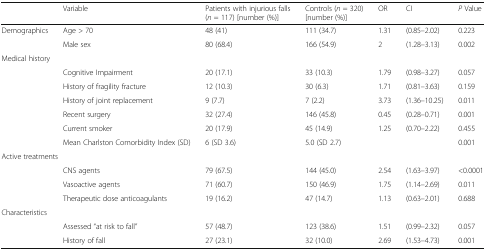
|  | Variable | Patients with injurious falls (n = 117) [number (%)] | Controls (n = 320) [number (%)] | OR | CI | P Value |
 | --- | --- | --- | --- | --- | --- | --- |
 | Demographics | Age > 70 | 48 (41) | 111 (34.7) | 1.31 | (0.85–2.02) | 0.223 |
 |  | Male sex | 80 (68.4) | 166 (54.9) | 2 | (1.28–3.13) | 0.002 |
 | <COLSPAN=7> Medical history |
 |  | Cognitive Impairment | 20 (17.1) | 33 (10.3) | 1.79 | (0.98–3.27) | 0.057 |
 |  | History of fragility fracture | 12 (10.3) | 30 (6.3) | 1.71 | (0.81–3.63) | 0.159 |
 |  | History of joint replacement | 9 (7.7) | 7 (2.2) | 3.73 | (1.36–10.25) | 0.011 |
 |  | Recent surgery | 32 (27.4) | 146 (45.8) | 0.45 | (0.28–0.71) | 0.001 |
 |  | Current smoker | 20 (17.9) | 45 (14.9) | 1.25 | (0.70–2.22) | 0.455 |
 |  | Mean Charlston Comorbidity Index (SD) | 6 (SD 3.6) | 5.0 (SD 2.7) |  |  | 0.001 |
 | <COLSPAN=7> Active treatments |
 |  | CNS agents | 79 (67.5) | 144 (45.0) | 2.54 | (1.63–3.97) | <0.0001 |
 |  | Vasoactive agents | 71 (60.7) | 150 (46.9) | 1.75 | (1.14–2.69) | 0.011 |
 |  | Therapeutic dose anticoagulants | 19 (16.2) | 47 (14.7) | 1.13 | (0.63–2.01) | 0.688 |
 | <COLSPAN=7> Characteristics |
 |  | Assessed “at risk to fall” | 57 (48.7) | 123 (38.6) | 1.51 | (0.99–2.32) | 0.057 |
 |  | History of fall | 27 (23.1) | 32 (10.0) | 2.69 | (1.53–4.73) | 0.001 |